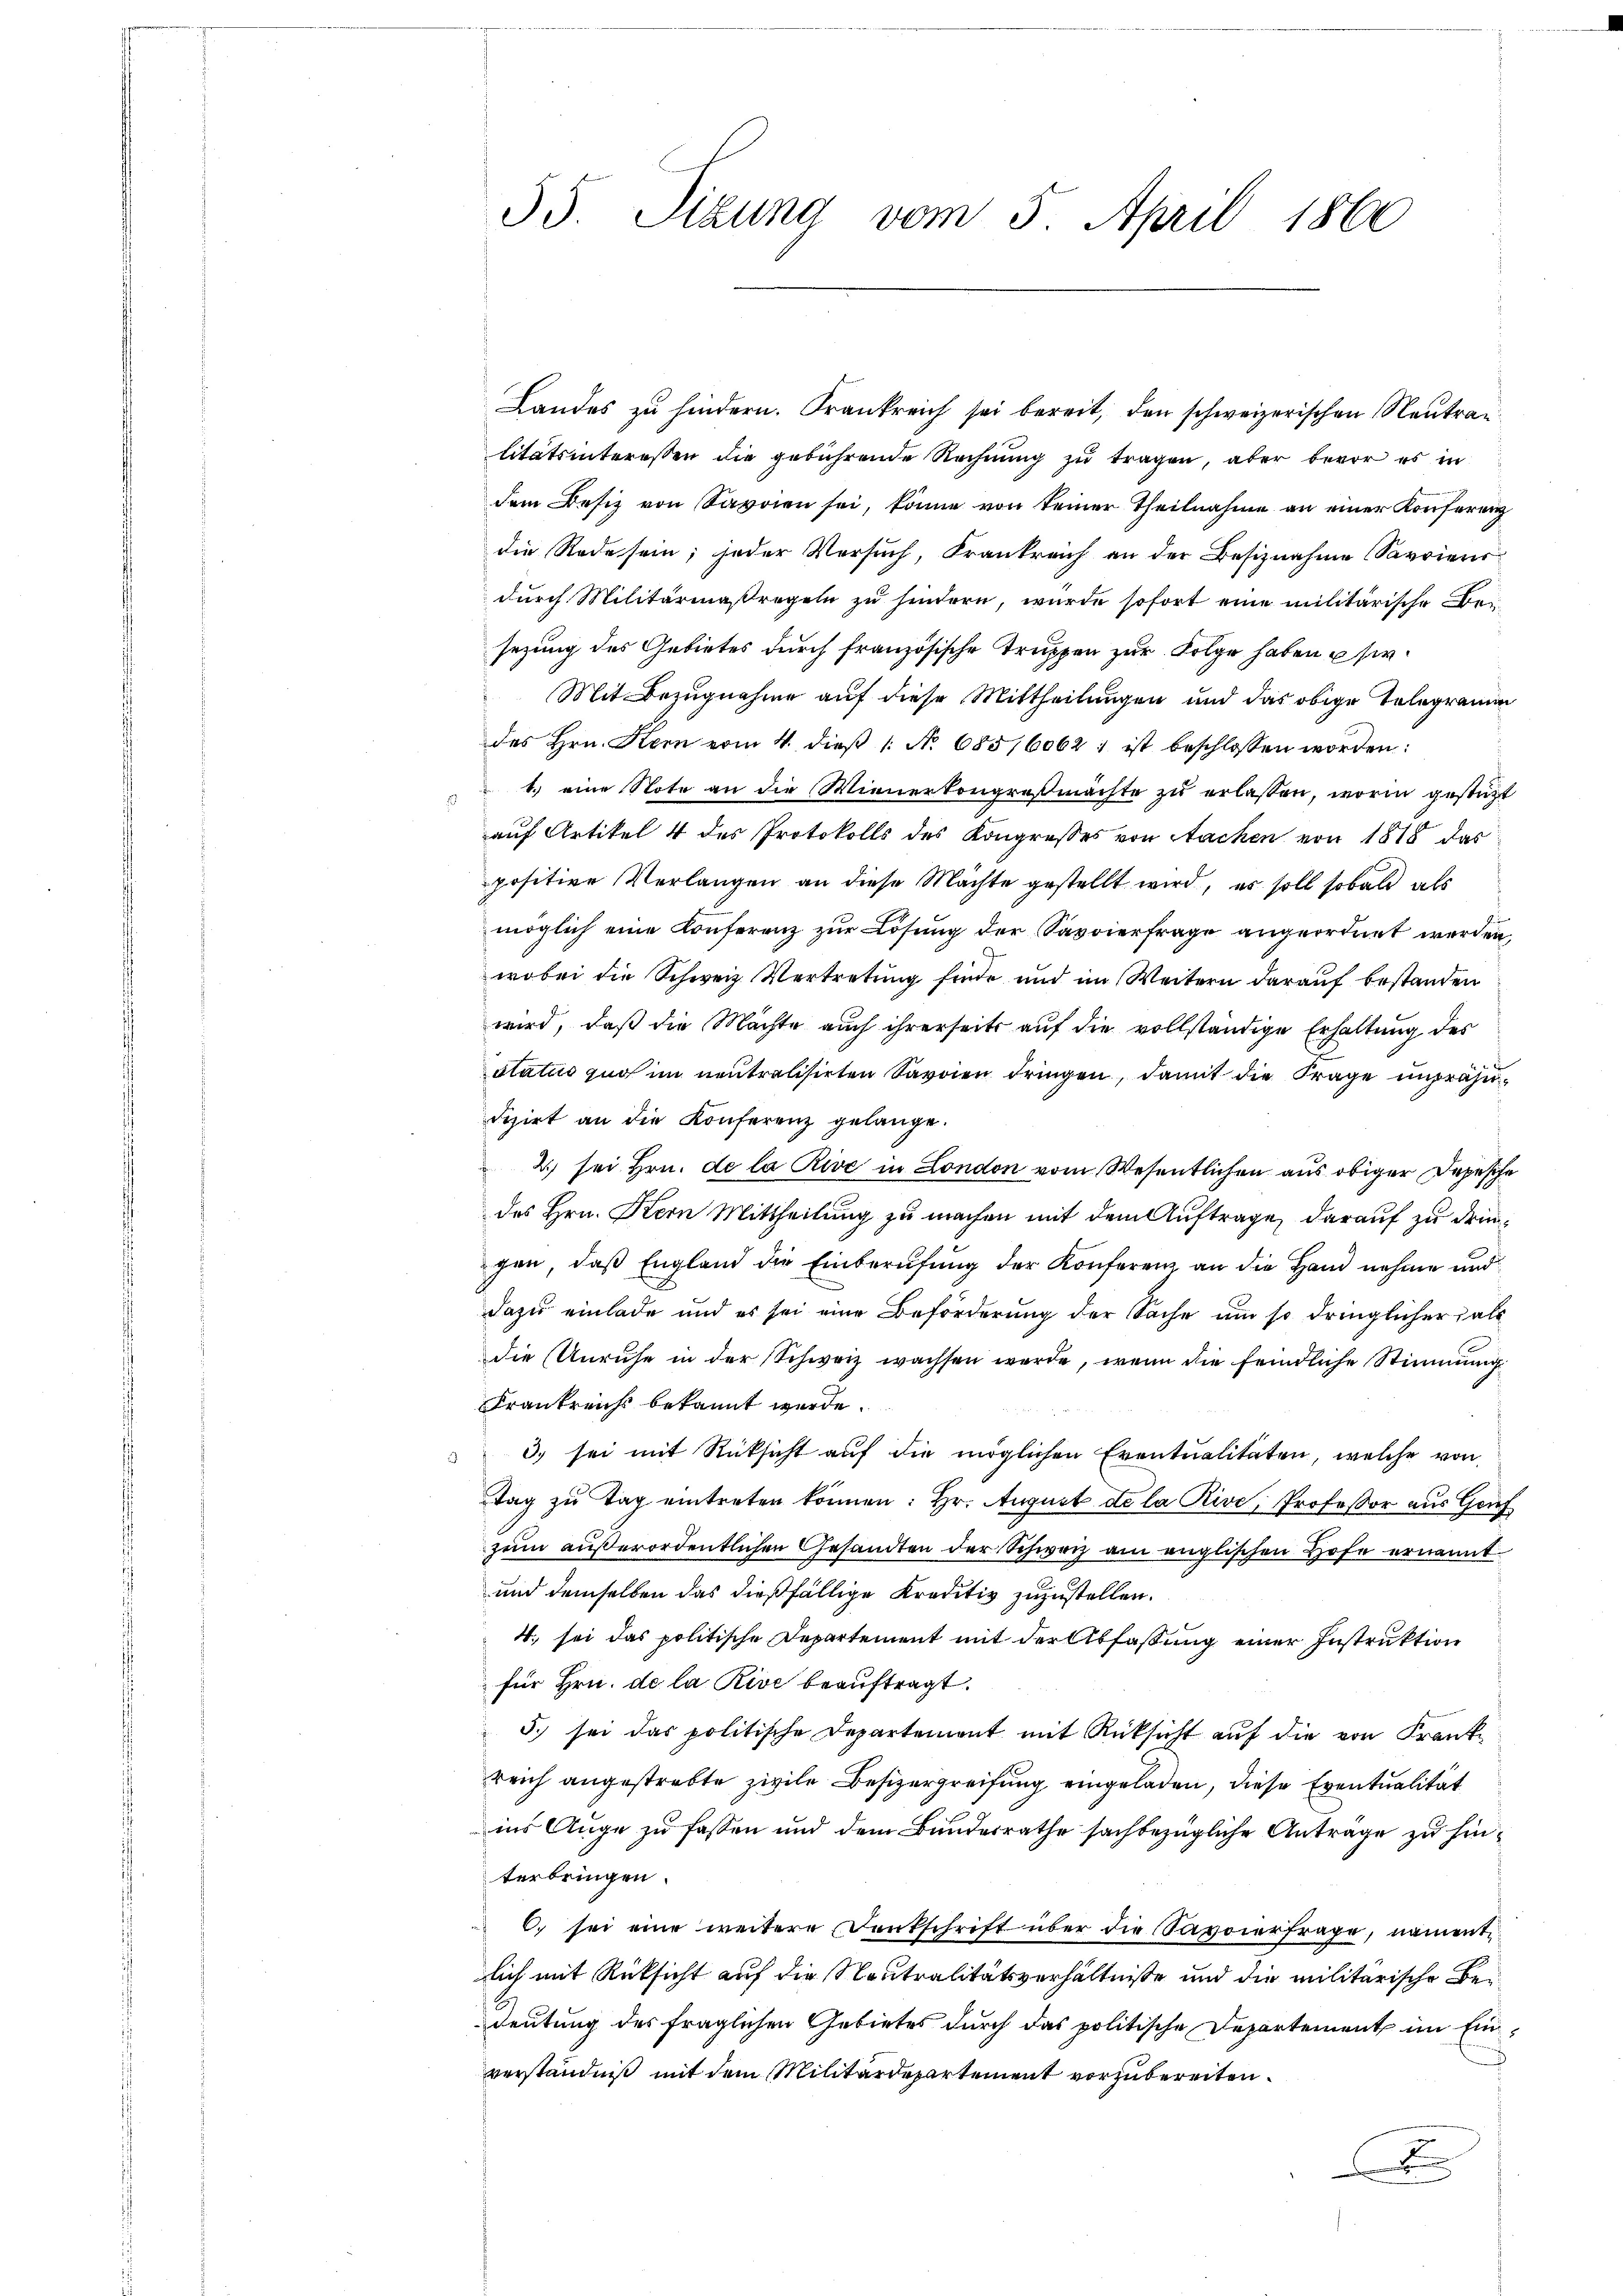
35. Sizung vom 5. April 1860

Landes zu hindern. Frankreich sei bereit, den schweizerischen Neutrau
litätsinteressen die gebührende Rechnung zu tragen, aber bevor es in
dem Besiz von Savoien sei, könne von keiner Theilnahme an einer Konferenz
die Rede sein; jeder Versuch, Frankreich an der Besiznahme Sardiens
durch Militärmaßregeln zu hindern, wurde sofort eine militärische Bei
sezung des Gebietes durch französische Truppen zur Folge haben sie
Mit Bezugnahme auf diese Mittheilungen und das obige Telegramm
des Hrn. Kern vom 4. dieβ 1. No. 685/6062 ; ist beschlossen worden:
1.) eine Note an die Wienerkongreßmachte zu erlassen, worin gestützt
auf Artikel 4 des Protokolls des Kongresses von Sachen von 1818 das
positive Verlangen an diese Mächte gestellt wird, er soll sobald als
möglich eine Konferenz zur Lösung der Savoierfrage angeordnet werden,
wobei die Schweiz. Vertretung finde und im Weitern darauf bestanden
wird, daß die Mächte auch ihrerseits auf die vollständige Erhaltung des
status zuo im neutralisirten Savoien dringen, damit die Frage unpräju-
dizirt an die Konferenz gelange.
2) sei Hrn. de la Rive in London vom Wesentlichen aus obiger Depesche
des Hrn. Kern Mittheilung zu machen mit dem Auftrage, darauf zu dringen, daß England die Einberufung der Konferenz an die Hand nehme und
dazu einlade und es sei eine Beförderung der Sache um so dringlicher Fall
die Unruhe in der Schweiz wachsen werde, wenn die feindliche Stimmung
Frankreichs bekannt werde.
3) sei mit Rücksicht auf die möglichen Eventualitäten, welche von
Tag zu Tag eintreten können: Hr. August de la Rive, Professor aus Grif
zum außerordentlichen Gesandten der Schweiz am englischen Hofe ernannt
und demselben das dießfällige Kreditiv zuzustellen.
4. sei das politische Departement mit der Abfassung einer Instruktion
für Hrn. de la Rive beauftragt.
5. sei das politische Departement mit Rücksicht auf die von Frankreich angestrebte zivile Besizergreifung eingeladen, diese Eventualität
ins Auge zu fassen und dem Bundesrathe sachbezügliche Antrage zu hinterbringen.
6. sei eine weitere Dankschrift über die Savoierfrage, namentlich mit Rücksicht auf die Neutralitätsverhältniße und die militärische Bedeutung des fraglichen Gebietes durch das politische Departement im Einverständniß mit dem Militärdepartement vorzubereiten.
d